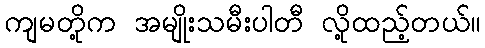
ကျမတို့က အမျိုးသမီးပါတီ လို့ထည့်တယ်။